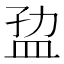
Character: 𰅐